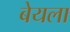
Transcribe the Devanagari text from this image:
बेयला